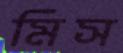
মিস